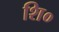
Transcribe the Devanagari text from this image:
शि०